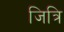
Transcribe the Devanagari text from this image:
जित्रि